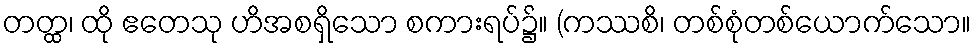
တတ္ထ၊ ထို ဧတေသု ဟိအစရှိသော စကားရပ်၌။ (ကဿစိ၊ တစ်စုံတစ်ယောက်သော။